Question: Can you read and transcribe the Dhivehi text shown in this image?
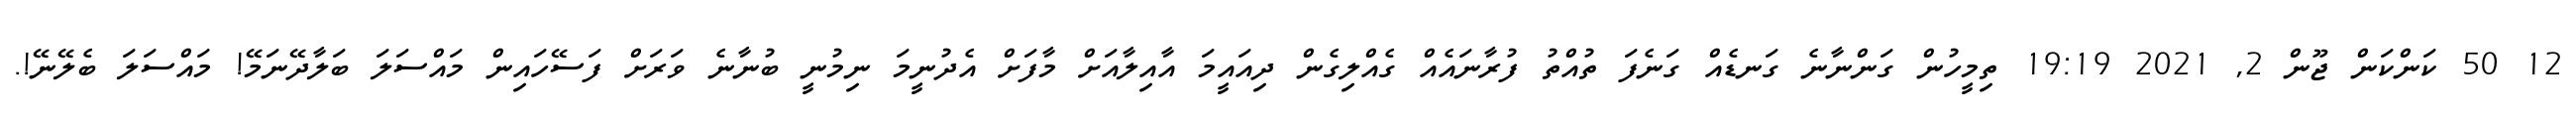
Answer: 12 50 ކަންކަން ޖޫން 2, 2021 19:19 ތިމީހުން ގަންނާނެ ގަނޑެއް ގަނެފަ ތުއްތު ފުރާނައެއް ގެއްލިގެން ދިއައީމަ އާއިލާއަށް މާފަށް އެދުނީމަ ނިމުނީ ބުނާނެ ވަރަށް ފަސޭހައިން މައްސަލަ ބަލާދޭނަމޭ! މައްސަލަ ބެލޭނޭ!.